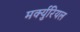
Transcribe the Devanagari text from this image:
मर्क्युरियल